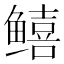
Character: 𬶮